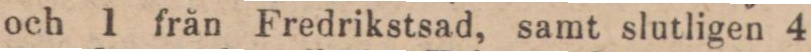
och 1 från Fredrikstsad, samt slutligen 4